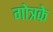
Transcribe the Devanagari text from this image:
गोत्रके